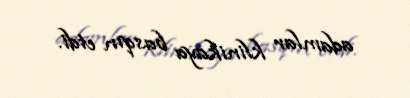
adamlar klinikaya basqın etdi.